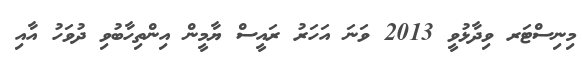
މިނިސްޓަރ ވިދާޅުވީ 2013 ވަނަ އަހަރު ރައީސް ޔާމީން އިންތިހާބުވި ދުވަހު އާއި